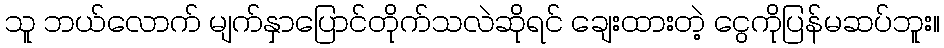
သူ ဘယ်လောက် မျက်နှာပြောင်တိုက်သလဲဆိုရင် ချေးထားတဲ့ ငွေကိုပြန်မဆပ်ဘူး။